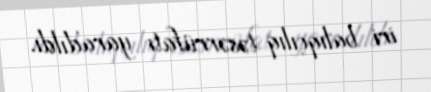
iri balıqçılıq təsərrüfatı yaradıldı.